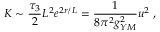
K \sim \frac { \tau _ { 3 } } { 2 } L ^ { 2 } e ^ { 2 r / L } = \frac { 1 } { 8 \pi ^ { 2 } g _ { Y M } ^ { 2 } } u ^ { 2 } \ ,